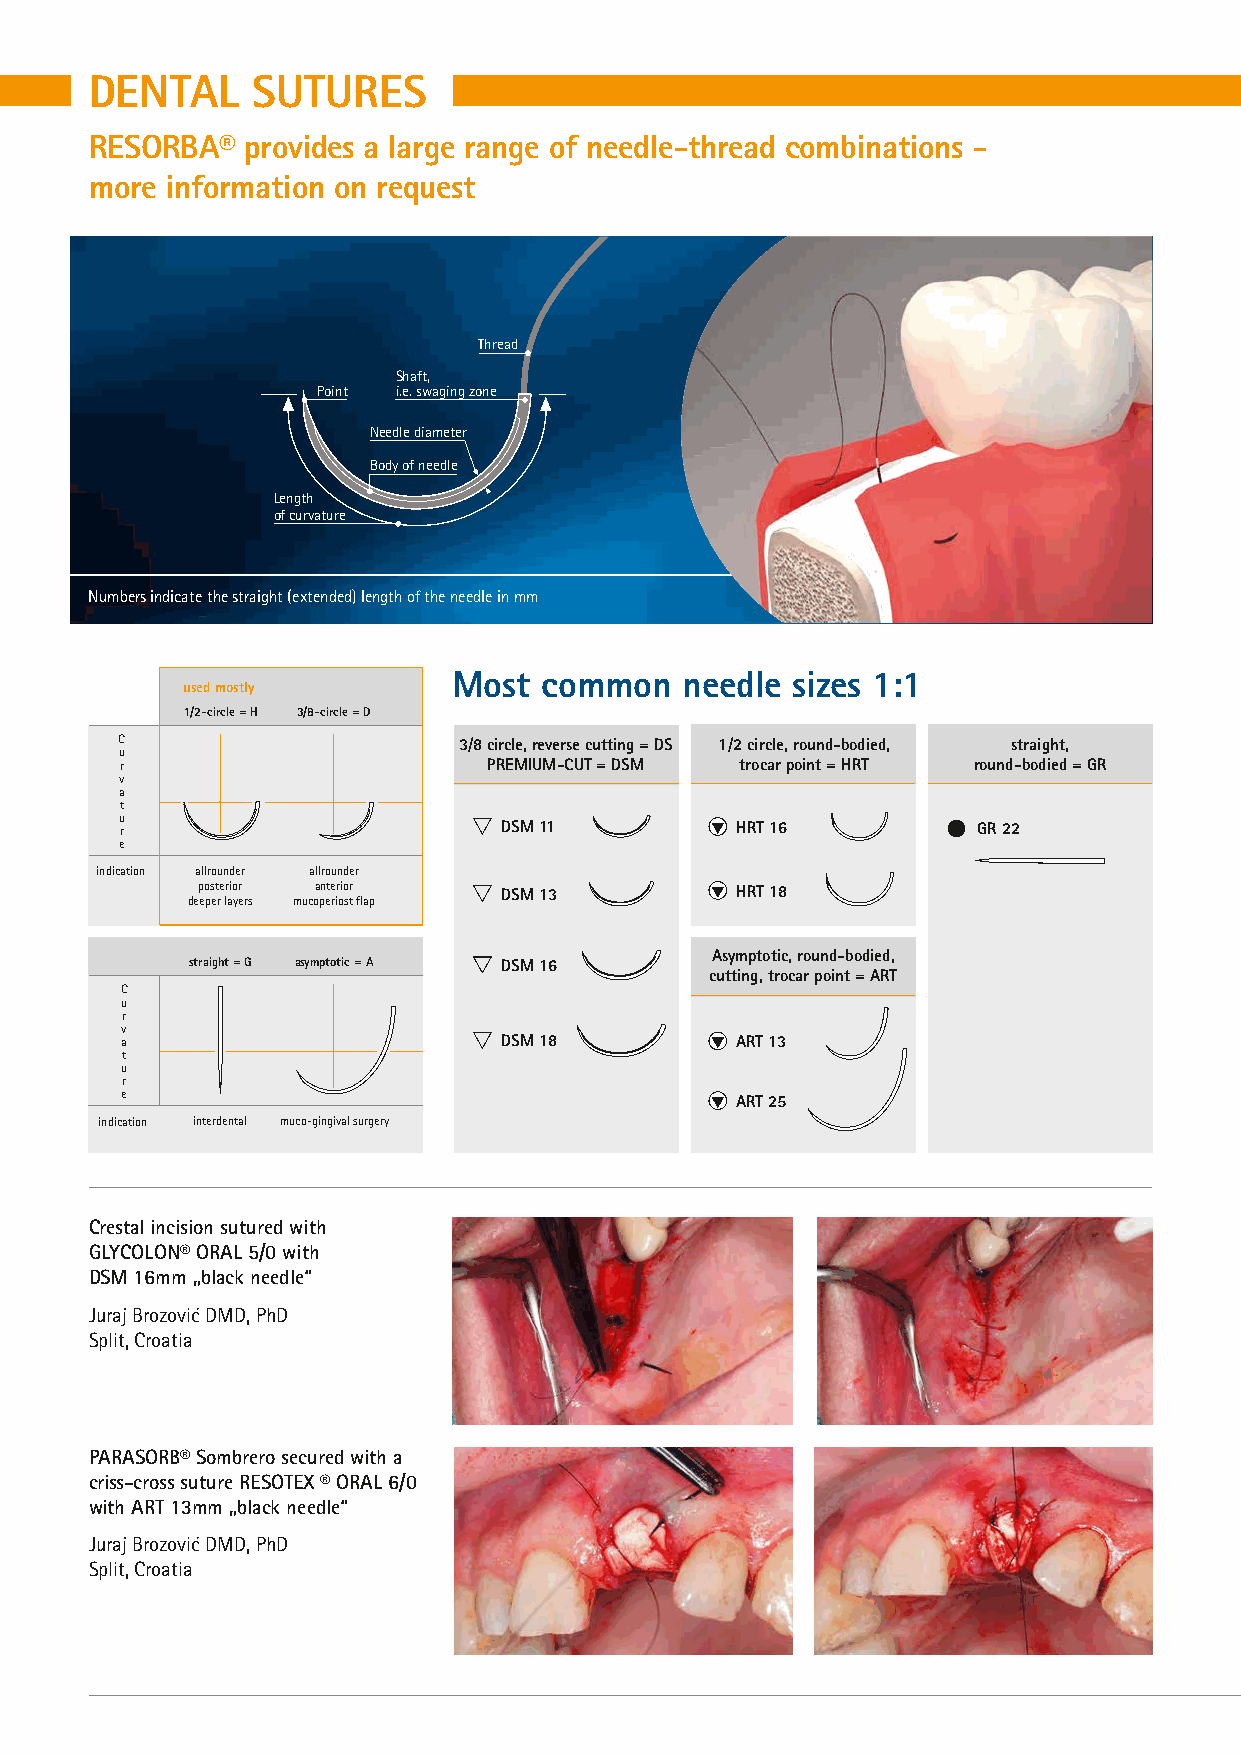
DENTAL     SUTURES
 RESORBA®  provides a large range of needle-thread combinations -
 more information on request
 Thread
 Shaft,
 Point i.e. swaging zone
 Needle diameter
 Body of needle
 Length
 of curvature
 Numbers indicate the straight (extended) length of the needle in mm
 Most  common   needle sizes 1:1
 used mostly
 1/2-circle = H 3/8-circle = D
 C                     3/8 circle, reverse cutting = DS 1/2 circle, round-bodied, straight,
 u
 r                       PREMIUM-CUT = DSM trocar point = HRT round-bodied = GR
 v
 a
 t
 u
 r                        DSM 11          HRT 16          GR 22
 e
 indication allrounder allrounder
 posterior anterior  DSM 13          HRT 18
 deeper layers mucoperiost fl ap
 Asymptotic, round-bodied,
 straight = G asymptotic = A DSM 16
 cutting, trocar point = ART
 C
 u
 r
 v
 a                        DSM 18          ART 13
 t
 u
 r
 e                                        ART 25
 indication interdental muco-gingival surgery
 Crestal incision sutured with
 GLYCOLON® ORAL 5/0 with
 DSM 16mm „black needle“
 Juraj Brozovic´ DMD, PhD
 Split, Croatia
 PARASORB® Sombrero secured with a
 criss-cross suture RESOTEX ® ORAL 6/0
 with ART 13mm „black needle“
 Juraj Brozovic´ DMD, PhD
 Split, Croatia